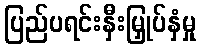
ပြည်ပရင်းနှီးမြှုပ်နှံမှု